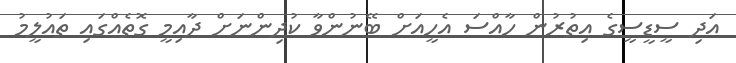
އަދި ސީޑީސީގެ އިތުރުން ހާއްސަ އެހީއަށް ބޭނުންވާ ކުދިންނަށް ދާއިމީ ގޮތެއްގައި ތައުލީމު